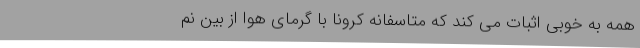
همه به خوبی اثبات می کند که متاسفانه کرونا با گرمای هوا از بین نم